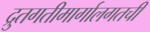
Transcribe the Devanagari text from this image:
द्रुतगतीमार्गालगतची